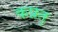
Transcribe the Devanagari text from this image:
कप्रत्